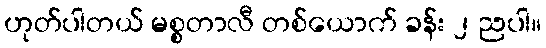
ဟုတ်ပါတယ် မစ္စတာလီ တစ်ယောက် ခန်း ၂ ညပါ။